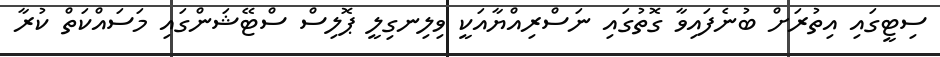
ސިޓީގައި އިތުރަށް ބުނެފައިވާ ގޮތުގައި ނަސްރިއްޔާއަކީ ވިލިނގިލީ ޕޮލިސް ސްޓޭޝަންގައި މަސައްކަތް ކުރާ